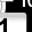
Digit: 1